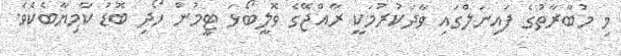
މި މުބާރާތުގެ ފައިނަލްގައި ވާދަކުރުމަކީ ރާއްޖޭގެ ވޮލީބޯޅަ ޓީމުން ހޯދި ބޮޑު ކާމިޔާބެކެވެ.